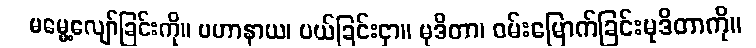
မမွေ့လျော်ခြင်းကို။ ပဟာနာယ၊ ပယ်ခြင်းငှာ။ မုဒိတာ၊ ဝမ်းမြောက်ခြင်းမုဒိတာကို။